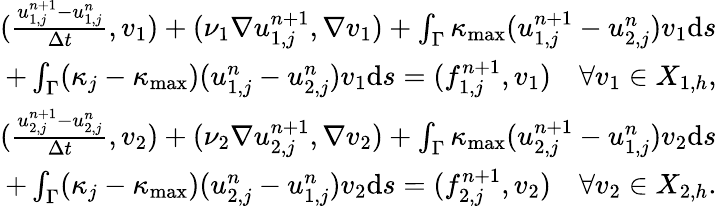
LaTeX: \begin{array}{r}{(\frac{u_{1,j}^{n+1}-u_{1,j}^{n}}{\Delta t},v_{1})+(\nu_{1}\nabla u_{1,j}^{n+1},\nabla v_{1})+\int_{\Gamma}{\kappa_{\operatorname*{max}}}(u_{1,j}^{n+1}-u_{2,j}^{n})v_{1}\mathrm{d}s}\\ {+\int_{\Gamma}(\kappa_{j}-{\kappa_{\operatorname*{max}}})(u_{1,j}^{n}-u_{2,j}^{n})v_{1}\mathrm{d}s=(f_{1,j}^{n+1},v_{1})\ \ \ \ \forall v_{1}\in X_{1,h},}\\ {(\frac{u_{2,j}^{n+1}-u_{2,j}^{n}}{\Delta t},v_{2})+(\nu_{2}\nabla u_{2,j}^{n+1},\nabla v_{2})+\int_{\Gamma}{\kappa_{\operatorname*{max}}}(u_{2,j}^{n+1}-u_{1,j}^{n})v_{2}\mathrm{d}s}\\ {+\int_{\Gamma}(\kappa_{j}-{\kappa_{\operatorname*{max}}})(u_{2,j}^{n}-u_{1,j}^{n})v_{2}\mathrm{d}s=(f_{2,j}^{n+1},v_{2})\ \ \ \ \forall v_{2}\in X_{2,h}.}\end{array}